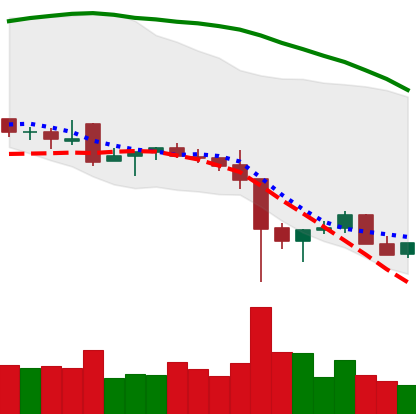
Ticker: NEO-USD
Chart end date: 2021-12-11
Forward return: -5.848%
Label: down_5_7